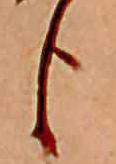
臣